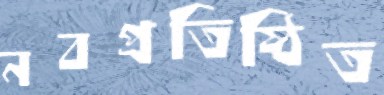
নবপ্রতিষ্ঠিত